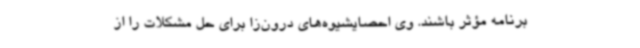
برنامه مؤثر باشند. وی احصایشیوه‌های درون‌زا برای حل مشکلات را از